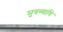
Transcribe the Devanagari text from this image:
मूत्रव्याधि